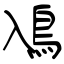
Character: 鳰